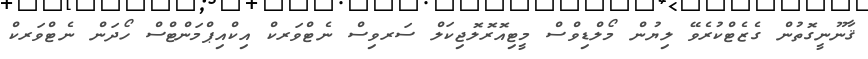
ޤާނޫނީގޮތުން ގެޒެޓްކުރެވޭ ލިޔުން މޯލްޑިވްސް މީޓިއޮރޮލޮޖިކަލް ސަރވިސް ނެޓްވަރކް އިކްއިޕްމަންޓްސް ހޯދަން ނެޓްވަރކް